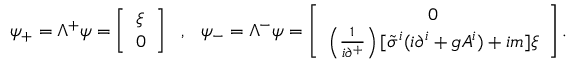
\psi _ { + } = \Lambda ^ { + } \psi = \left[ \begin{array} { l } { { \xi } } \\ { { 0 } } \end{array} \right] ~ ~ , ~ ~ \psi _ { - } = \Lambda ^ { - } \psi = \left[ \begin{array} { c } { { 0 } } \\ { { \left( \frac { 1 } { i \partial ^ { + } } \right) [ \tilde { \sigma } ^ { i } ( i \partial ^ { i } + g A ^ { i } ) + i m ] \xi } } \end{array} \right] .